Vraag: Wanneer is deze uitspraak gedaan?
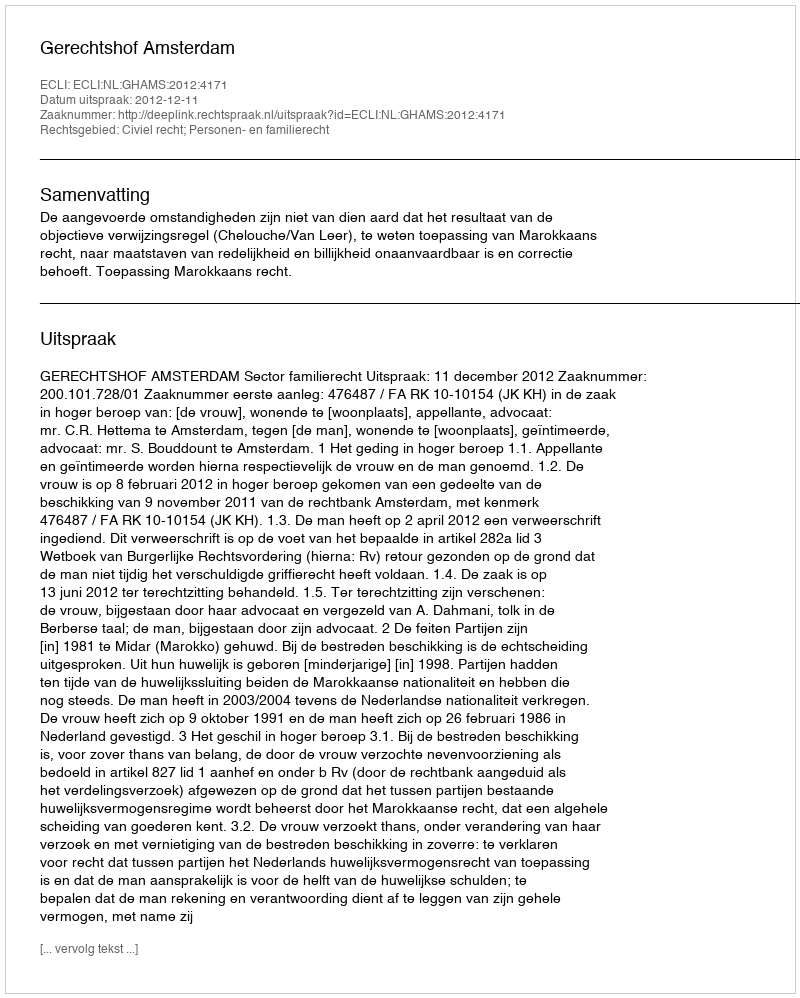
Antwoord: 2012-12-11